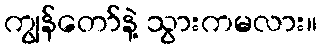
ကျွန်တော်နဲ့ သွားကမလား။